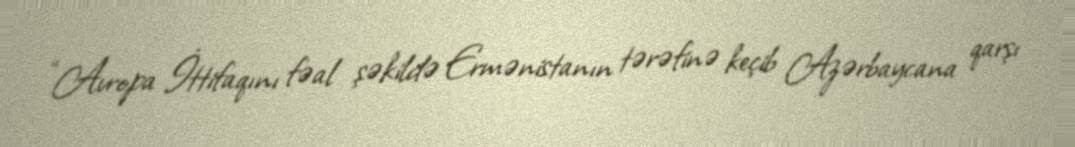
“Avropa İttifaqını fəal şəkildə Ermənistanın tərəfinə keçib Azərbaycana qarşı